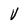
Character: V